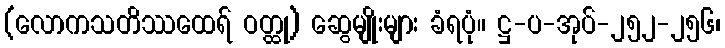
(လောကသတိဿထေရ် ဝတ္ထု) ဆွေမျိုးများ ခံရပုံ။ ဋ္ဌ-ပ-အုပ်-၂၅၂-၂၅၆၊